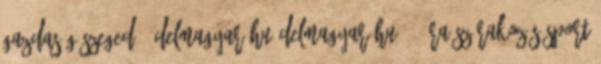
Gazdaság Szeged - delmagyar.hu Delmagyar.hu 24 óra Szórakozás Sport